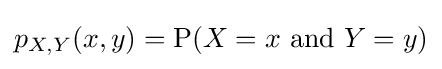
p_{X,Y}(x,y)=\mathrm {P} (X=x\ \mathrm {and} \ Y=y)